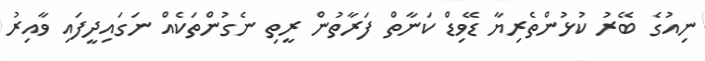
ނިއުގެ ބޭރު ކުޅުންތެރިޔާ ޑޭވިޑް ކަނާތް ފަރާތުން ރީތި ނެގުންތަކެއް ނަގައިދީފައި ވާއިރު